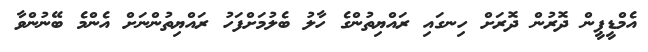
އެމްޑީޕީން ދޮރުން ދޮރަށް ހިނގައި ރައްޔިތުންގެ ހާލު ބެލުމަށްފަހު ރައްޔިތުންނަށް އެންމެ ބޭނުންވާ